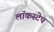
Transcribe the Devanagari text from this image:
लॉकस्टेप